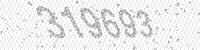
Solution: 319693